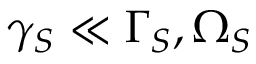
\gamma _ { S } \ll \Gamma _ { S } , \Omega _ { S }